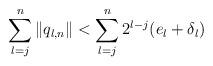
LaTeX: \begin{align*} \sum_{l=j}^n \| q_{l,n}\| < \sum_{l=j}^n 2^{l-j} (e_l+\delta_l)\end{align*}